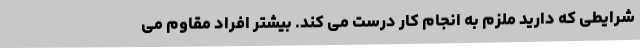
شرایطی که دارید ملزم به انجام کار درست می کند. بیشتر افراد مقاوم می